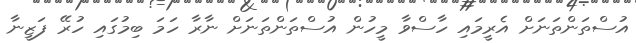
އުސްތަންތަނަށް އެރީމައި ހާސްވާ މީހުން އުސްތަންތަނަށް ނާރާ ހަމަ ބިމުގައި ހުރޭ ފަޒީނާ